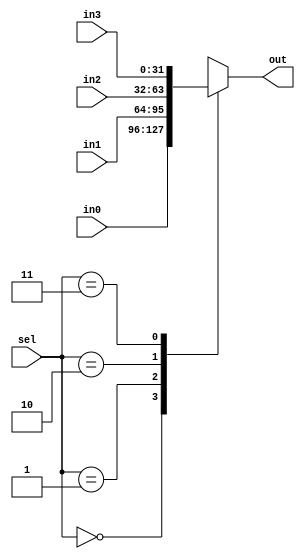
module wbmux(out,in0,in1,in2, in3,sel);
output reg [31:0]out;
input [31:0]in0,in1,in2, in3;
input [1:0]sel;
always @(*)
	begin
	 case(sel)
		2'b00: out = in0; //DMEM
		2'b01: out = in1; //ALU
		2'b10: out = in2; //PC+4
		2'b11: out = in3;
	 endcase
	end
endmodule